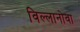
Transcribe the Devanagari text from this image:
विल्लानोवा